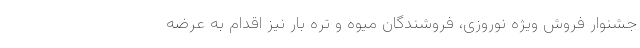
جشنوار فروش ویژه نوروزی، فروشندگان میوه و تره بار نیز اقدام به عرضه